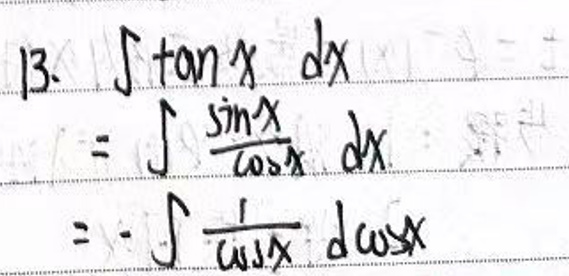
\begin{align*}
13. &\int \tan x \, dx\\
&= \int \frac{\sin x}{\cos x} \, dx\\
&= -\int \frac{1}{\cos x} \, d\cos x
\end{align*}